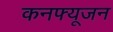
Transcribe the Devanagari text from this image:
कनफ्यूजन